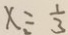
x = \frac { 1 } { 3 }